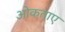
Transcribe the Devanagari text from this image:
ओकताए